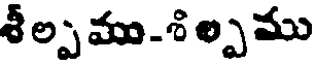
శీ ల్ప ము-శి ల్పము